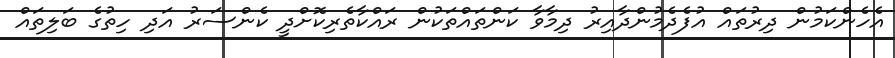
އެހެންކަމުން ދިރުތައް އުފެދެމުންދާއިރު ދިމާވާ ކަންތައްތަކުން ރައްކާތެރިކޮށްދީ ކެންސަރު އަދި ހިތުގެ ބަލިތައް